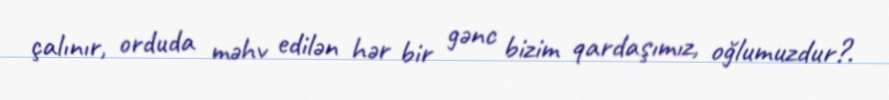
çalınır, orduda məhv edilən hər bir gənc bizim qardaşımız, oğlumuzdur?.